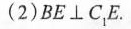
(2)BE \perp C_{1}E。